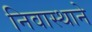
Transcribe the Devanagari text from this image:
निवास्थाने